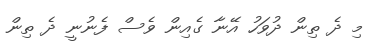
މި ދެ ތިން ދުވަހު އޭނާ ގެއިން ވެސް ފެނުނީ ދެ ތިން